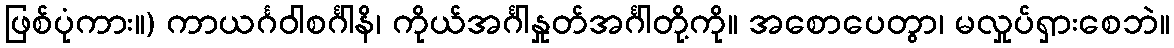
ဖြစ်ပုံကား။) ကာယင်္ဂဝါစင်္ဂါနိ၊ ကိုယ်အင်္ဂါနှုတ်အင်္ဂါတို့ကို။ အစောပေတွာ၊ မလှုပ်ရှားစေဘဲ။